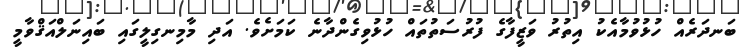
ބަނދަރެއް ހުޅުވުމާއެކު އިތުރު ވަޒީފާގެ ފުރުސަތުތައް ހުޅުވިގެންދާނެ ކަމަށެވެ. އަދި މާމިނގިލީގައި ބައިނަލްއަޤްވާމީ